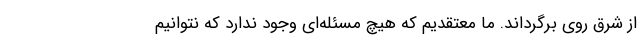
از شرق روی برگرداند. ما معتقدیم که هیچ مسئله‌ای وجود ندارد که نتوانیم